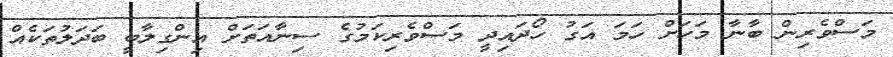
މަސްވެރިން ބާނާ މަހަށް ހަމަ އަގު ހޯދައިދީ މަސްވެރިކަމުގެ ސިނާއަތަށް އިންގިލާބީ ބަދަލުތަކެއް